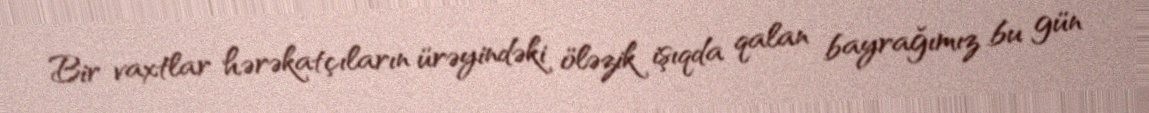
Bir vaxtlar hərəkatçıların ürəyindəki öləzik işıqda qalan bayrağımız bu gün